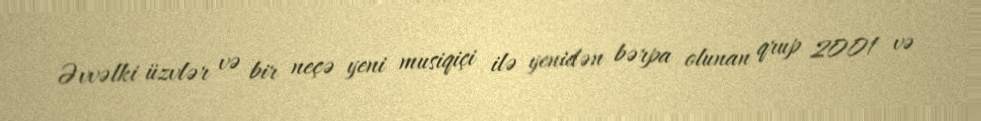
Əvvəlki üzvlər və bir neçə yeni musiqiçi ilə yenidən bərpa olunan qrup 2001 və